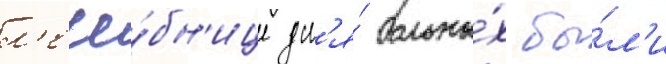
л'ече́бн'ице дл'я́ больны́х бы́л'и